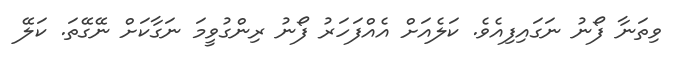
ވިތަނާ ފޯނު ނަގައިފިއެވެ. ކަލެއަށް އެއްފަހަރު ފޯނު ރިންގުވީމަ ނަގާކަށް ނޭގޭތަ. ކަލޭ